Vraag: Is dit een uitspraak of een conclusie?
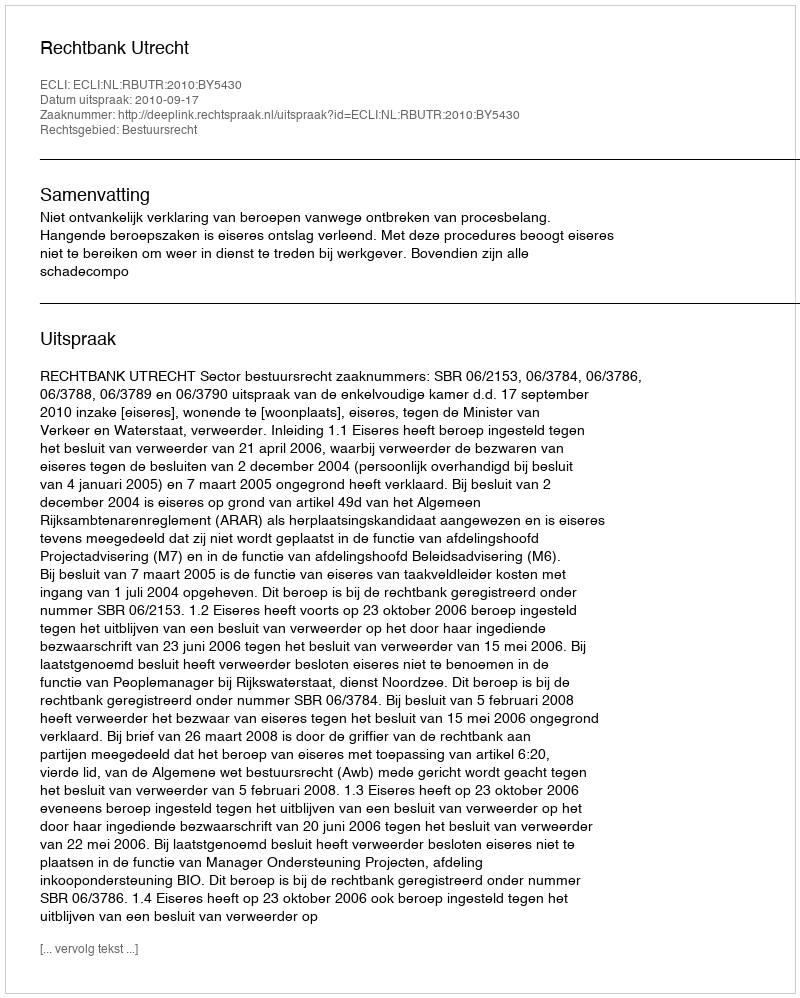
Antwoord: Uitspraak